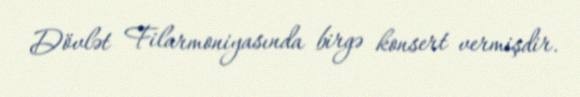
Dövlət Filarmoniyasında birgə konsert vermişdir.